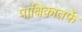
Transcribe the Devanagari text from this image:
पाक्षिकातर्फे